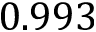
0 . 9 9 3